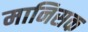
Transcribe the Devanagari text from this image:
मानिसक